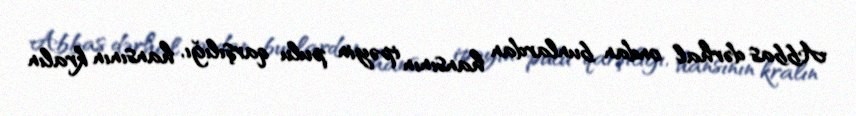
Abbas dərhal ondan bunlardan hansının ipəyin pulu qarşılığı, hansının kralın